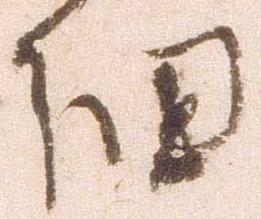
細